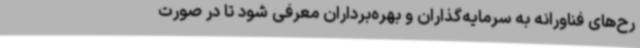
رح‌های فناورانه به سرمایه‌گذاران و بهره‌برداران معرفی شود تا در صورت